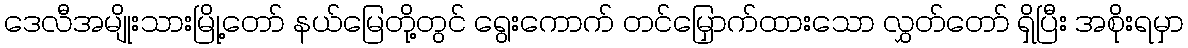
ဒေလီအမျိုးသားမြို့တော် နယ်မြေတို့တွင် ရွေးကောက် တင်မြှောက်ထားသော လွှတ်တော် ရှိပြီး အစိုးရမှာ